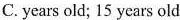
C. years old; 15 years old